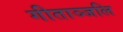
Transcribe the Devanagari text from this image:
गीताञ्जलि